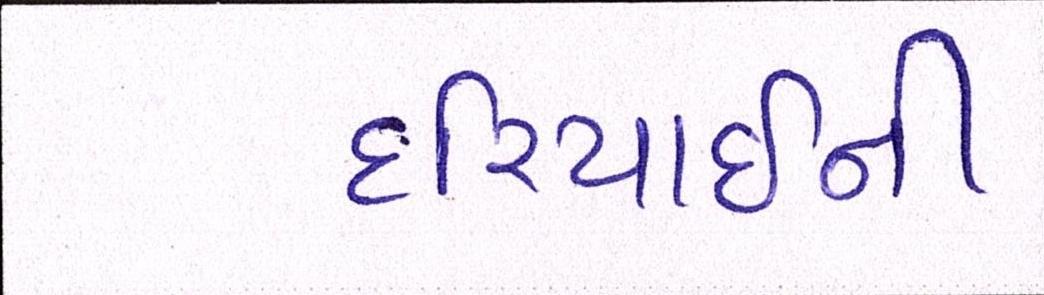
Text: દરિયાઈની